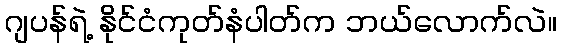
ဂျပန်ရဲ့ နိုင်ငံကုတ်နံပါတ်က ဘယ်လောက်လဲ။